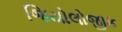
જિયોલોજીક